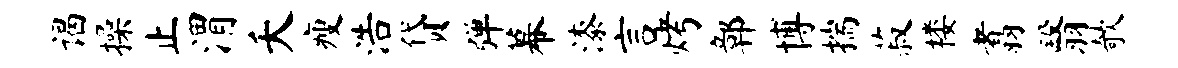
谒操止渭夭瘦浩贷弹幕漆言烤鄣博揣菽楼翥翳欹